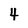
Character: 4